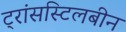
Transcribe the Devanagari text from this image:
ट्रांसस्टिलबीन